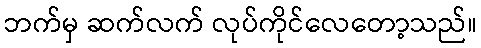
ဘက်မှ ဆက်လက် လုပ်ကိုင်လေတော့သည်။